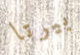
بيرتا